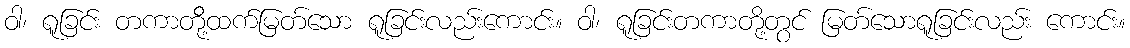
ဝါ၊ ရူခြင်း တကာတို့ိထက်မြတ်သော ရူခြင်းလည်းကောင်း။ ဝါ၊ ရူခြင်းတကာတို့တွင် မြတ်သောရူခြင်းလည်း ကောင်း။